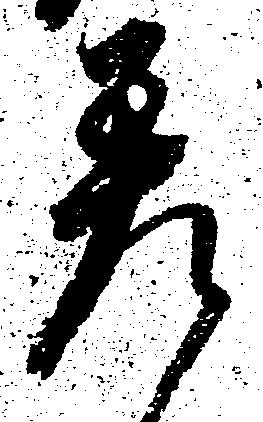
差